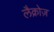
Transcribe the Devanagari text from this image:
लैक्रोज़